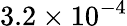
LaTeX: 3.2\times 10^{-4}